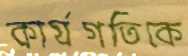
কার্যগতিকে